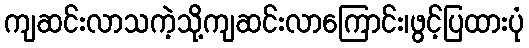
ကျဆင်းလာသကဲ့သို့ကျဆင်းလာကြောင်း၊ဖွင့်ပြထားပုံ